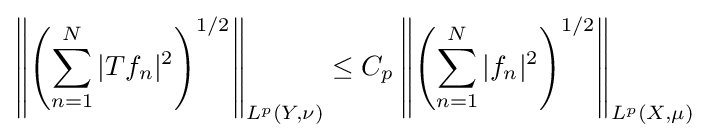
\left\|\left(\sum _{n=1}^{N}|Tf_{n}|^{2}\right)^{1/2}\right\|_{L^{p}(Y,\nu )}\leq C_{p}\left\|\left(\sum _{n=1}^{N}|f_{n}|^{2}\right)^{1/2}\right\|_{L^{p}(X,\mu )}